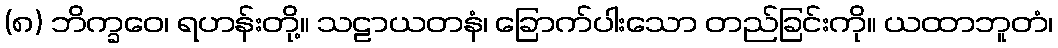
(၈) ဘိက္ခဝေ၊ ရဟန်းတို့။ သဠာယတနံ၊ ခြောက်ပါးသော တည်ခြင်းကို။ ယထာဘူတံ၊